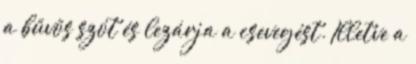
a bűvös szót és lezárja a csevegést. Illetve a